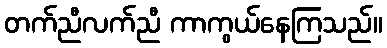
တက်ညီလက်ညီ ကာကွယ်နေကြသည်။